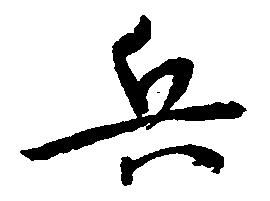
兵